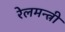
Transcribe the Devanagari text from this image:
रेलमन्त्री